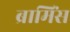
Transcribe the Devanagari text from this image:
ब्रामिंस